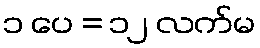
၁ ပေ = ၁၂ လက်မ